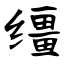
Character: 缰